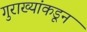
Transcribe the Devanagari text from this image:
गुराख्यांकडून